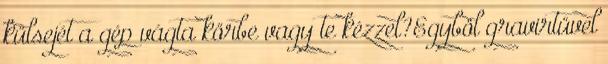
külsejét a gép vágta körbe vagy te kézzel?Egyböl gravirtüvel